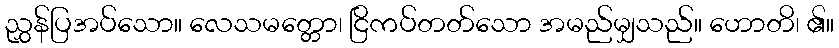
ညွှန်ပြအပ်သော။ လေသမတ္တော၊ ငြိကပ်တတ်သော အမည်မျှသည်။ ဟောတိ၊ ၏။